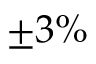
\pm 3 \%